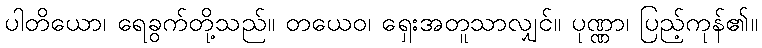
ပါတိယော၊ ရေခွက်တို့သည်။ တယေဝ၊ ရှေးအတူသာလျှင်။ ပုဏ္ဏာ၊ ပြည့်ကုန်၏။